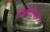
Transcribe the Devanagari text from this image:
मेमोरियल